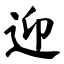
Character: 迎